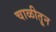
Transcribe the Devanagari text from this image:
चाळीतून